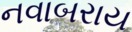
નવાબરાય